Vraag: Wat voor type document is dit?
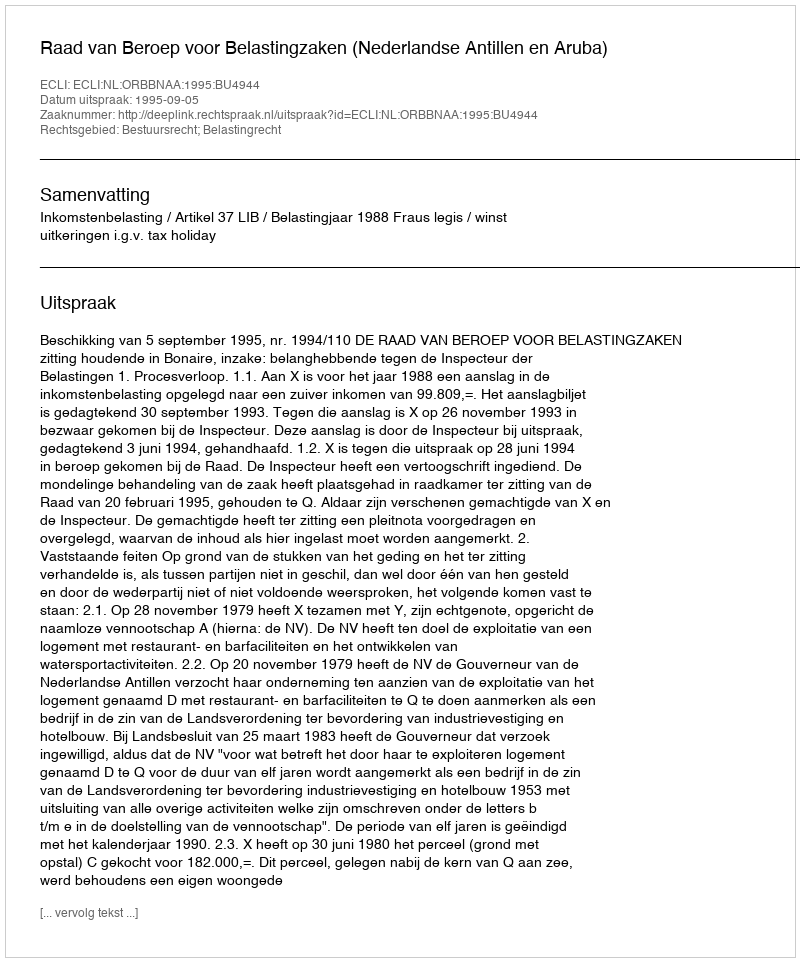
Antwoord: Uitspraak